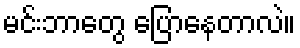
မင်းဘာတွေ ပြောနေတာလဲ။